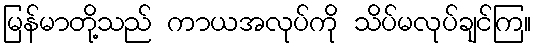
မြန်မာတို့သည် ကာယအလုပ်ကို သိပ်မလုပ်ချင်ကြ။